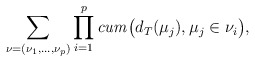
\begin{align*}\sum_{\nu=(\nu_{1},\ldots,\nu_{p})}\prod_{i=1}^{p}\mathit{cum}\bigl(d_{T}(\mu_{j}),\mu_{j}\in\nu_{i} \bigr), \end{align*}